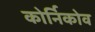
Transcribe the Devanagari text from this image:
कोर्निकोव